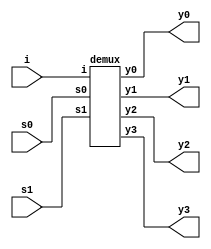
`timescale 1ns / 1ps
//////////////////////////////////////////////////////////////////////////////////
// Company: 
// Engineer: 
// 
// Design Name: 
// Module Name: demux
// Project Name: 
// Target Devices: 
// Tool Versions: 
// Description: 
// 
// Dependencies: 
// 
// Revision:
// Revision 0.01 - File Created
// Additional Comments:
// 
//////////////////////////////////////////////////////////////////////////////////
module demux1(input i,s0,s1,
output y0,y1,y2,y3);
demux demux(i, s1, s0, y0,y1,y2,y3);
endmodule

module demux(
  input i,
    input s1, s0,
    output y0,y1,y2,y3
    );
assign y0=(~s0)|(~s1)|i;
assign y1=(~s0)|(s1)|i;
assign y2=(s0)|(~s1)|i;
assign y3=(s0)|(s1)|i;
endmodule